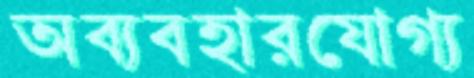
অব্যবহারযোগ্য